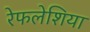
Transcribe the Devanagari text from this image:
रेफलेशिया